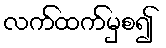
လက်ထက်မှစ၍